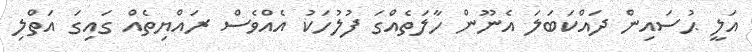
އަލީ ޙުސައިން ދައްކަބަލަ އެނޫން ހާލަތެއްގަ ފުލުހަކު އެއްވެސް ރައްޔިތެއް ގައިގަ އަތްލި